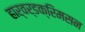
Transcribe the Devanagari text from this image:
हार्वर्डक्रिमसन